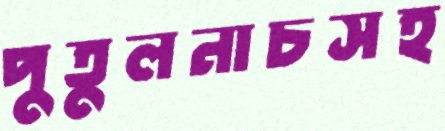
পুতুলনাচসহ